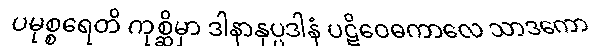
ပမုစ္စရေတိ ကုစ္ဆိမှာ ဒါနာနုပ္ပဒါနံ ပဋိဝေဓကာလေ သာဒကော